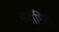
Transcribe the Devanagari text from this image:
मर्यागित